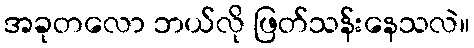
အခုတလော ဘယ်လို ဖြတ်သန်းနေသလဲ။